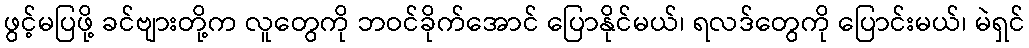
ဖွင့်မပြဖို့ ခင်ဗျားတို့က လူတွေကို ဘဝင်ခိုက်အောင် ပြောနိုင်မယ်၊ ရလဒ်တွေကို ပြောင်းမယ်၊ မဲရှင်